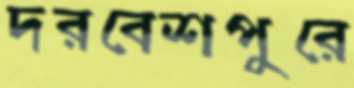
দরবেশপুরে